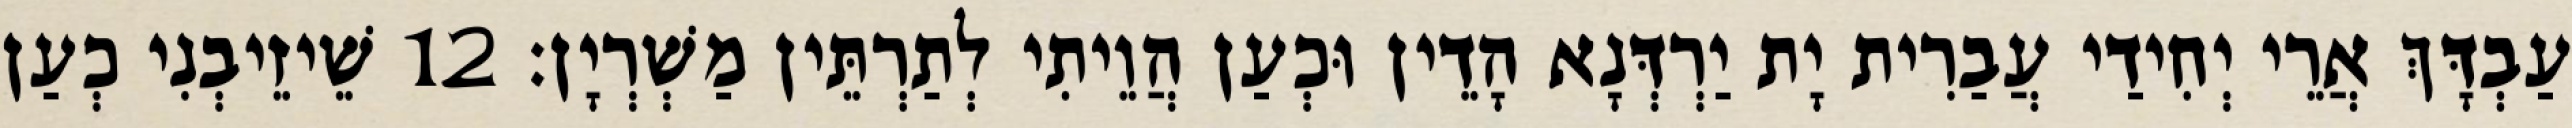
עַבְדָּךְ אֲרֵי יְחִידַי עֲבַרִית יָת יַרְדְּנָא הָדֵין וּכְעַן הֲוֵיתִי לְתַרְתֵּין מַשְׁרְיָן׃ 12 שֵׁיזֵיבְנִי כְעַן